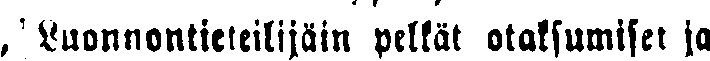
Luonnontieteilijäin pelkät otaksumiset ja